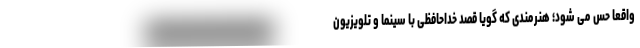
واقعا حس می شود؛ هنرمندی که گویا قصد خداحافظی با سینما و تلویزیون